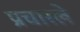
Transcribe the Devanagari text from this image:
प्रचारले